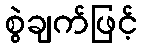
စွဲချက်ဖြင့်